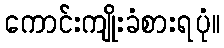
ကောင်းကျိုးခံစားရပုံ။